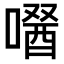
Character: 𠼣